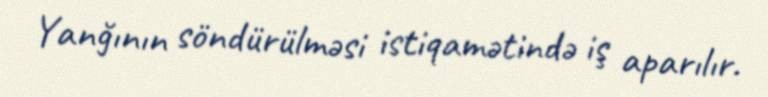
Yanğının söndürülməsi istiqamətində iş aparılır.